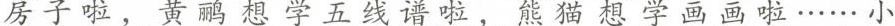
房子啦。黄鹂想学五线谱啦熊猫想学画画啦……小